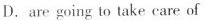
D. are going to take care of